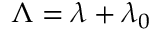
\Lambda = \lambda + \lambda _ { 0 }